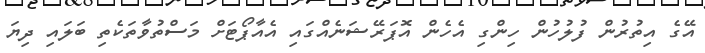
އޭގެ އިތުރުން ފުލުހުން ހިންގި އެހެން އޮޕަރޭޝަނެއްގައި އެއާޕޯޓަށް މަސްތުވާތަކެތި ބަލައި ދިޔަ